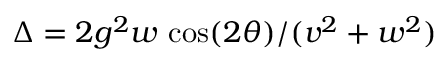
\Delta = 2 g ^ { 2 } w \, \cos ( 2 \theta ) / ( v ^ { 2 } + w ^ { 2 } )